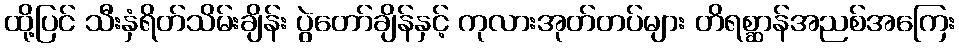
ထို့ပြင် သီးနှံရိတ်သိမ်းချိန်း ပွဲတော်ချိန်နှင့် ကုလားအုတ်တပ်များ တိရစ္ဆာန်အညစ်အကြေး